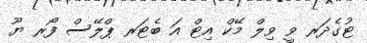
ޓުގެދަރ ވީ ވިލް މޭކް އިޓް އަ ބެޓަރ ޕްލޭސް ފޯރ ޔޫ